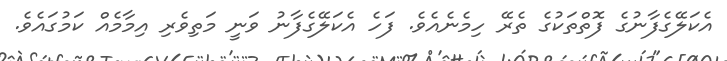
އެކަލޭގެފާނުގެ ފޮތްތަކުގެ ތެރޭ ހިމެނެއެވެ. ފަހެ އެކަލޭގެފާނު ވަނީ މަތިވެރި އިމާމެއް ކަމުގައެވެ.